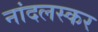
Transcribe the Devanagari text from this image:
नांदलस्कर